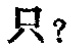
只？